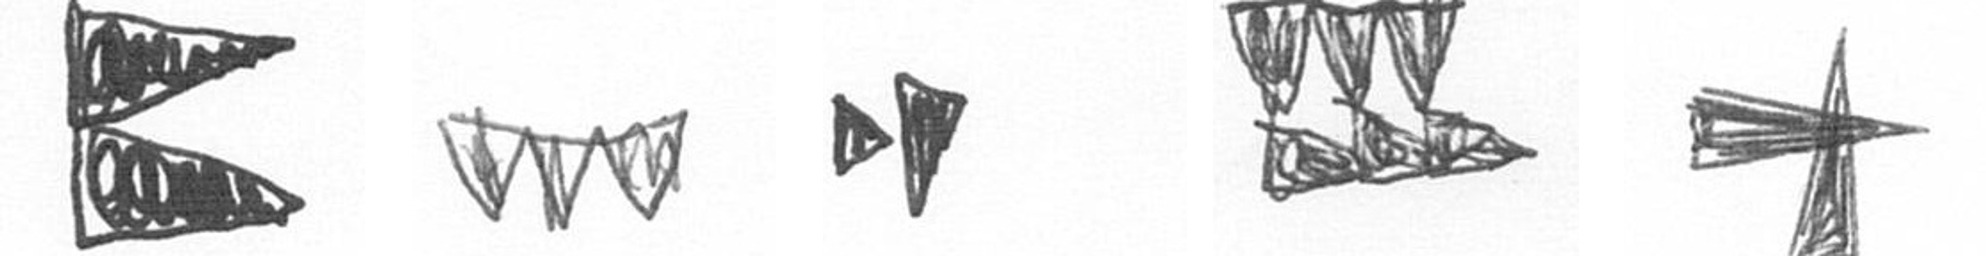
P L M D G